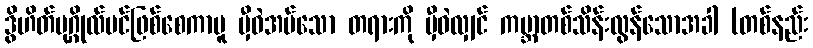
ဒွိဟိတ်ပုဂ္ဂိုလ်ပင်ဖြစ်စေကာမူ မှီဝဲအပ်သော တရားကို မှီဝဲလျှင် ကမ္ဘာတစ်သိန်းလွန်သောအခါ (တစ်နည်း